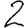
Digit: 2